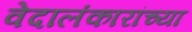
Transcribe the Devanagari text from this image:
वेदालंकारांच्या